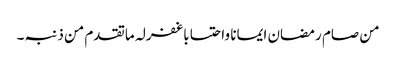
من صام رمضان ایمانا واحتسابا غفرلہ ماتقدم من ذنبہ۔